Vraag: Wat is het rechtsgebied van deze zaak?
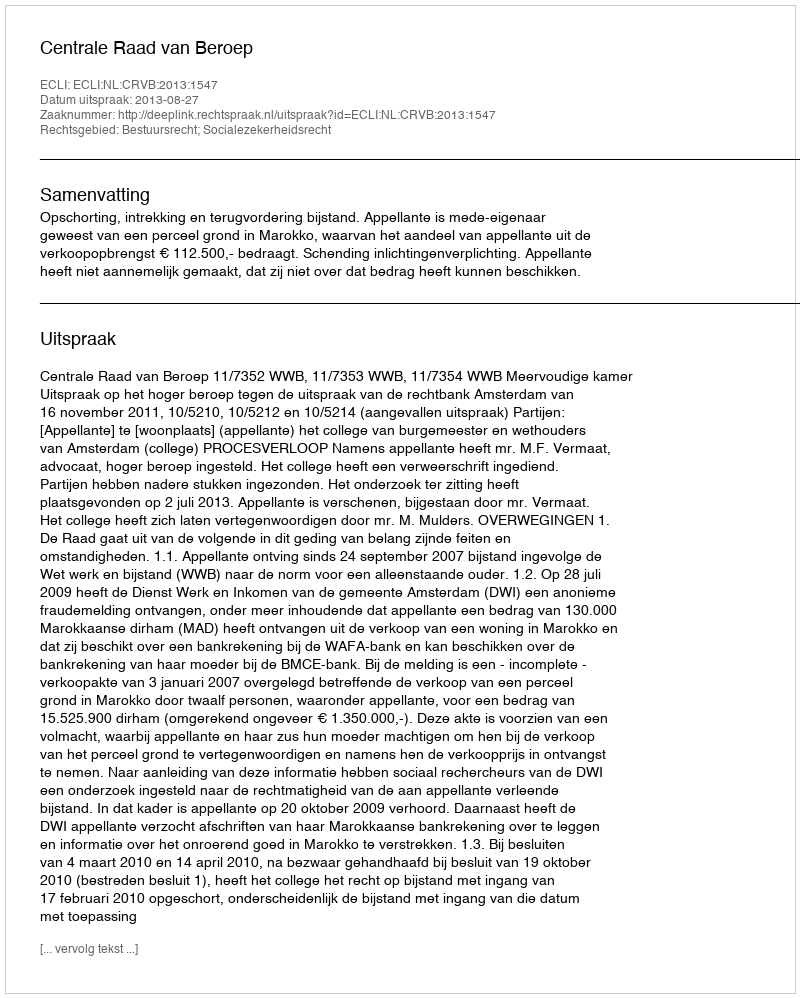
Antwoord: Bestuursrecht; Socialezekerheidsrecht